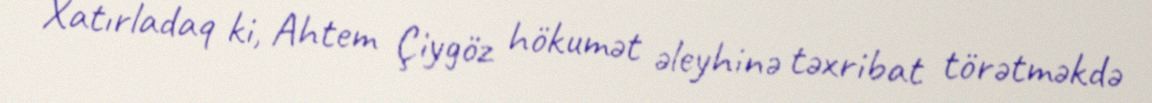
Xatırladaq ki, Ahtem Çiygöz hökumət əleyhinə təxribat törətməkdə